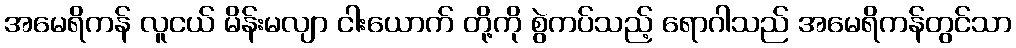
အမေရိကန် လူငယ် မိန်းမလျာ ငါးယောက် တို့ကို စွဲကပ်သည့် ရောဂါသည် အမေရိကန်တွင်သာ